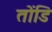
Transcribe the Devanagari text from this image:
तोंडि